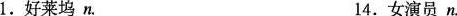
1.好莱坞n. 14.女演员n.